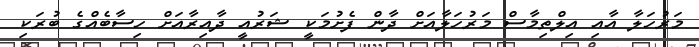
މަރުހަލާ އާއި އިލްތިމާސް މަރުހަލާއަށް ދާން ފެށުމަކީ ޝަރުއީ ދާއިރާއަށް ހިސާބެއްގެ ބުރަކި